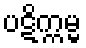
ပဋိက္ကမ္မ